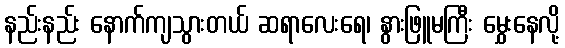
နည်းနည်း နောက်ကျသွားတယ် ဆရာလေးရေ၊ နွားဖြူမကြီး မွှေးနေလို့